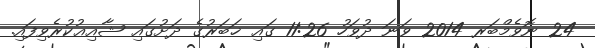
24 ނޮވެމްބަރ 2014 ވަނަ ދުވަހު 11:26 ގައި ޚަބަރުގެ ދަށުގައި ޝާއިޢުކުރެވިފައި.